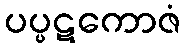
ပပ္ပဋကောဇံ